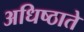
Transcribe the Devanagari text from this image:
अधिष्ठाते